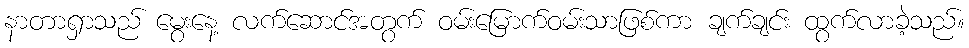
နာတာရှာသည် မွေးနေ့ လက်ဆောင်အတွက် ဝမ်းမြောက်ဝမ်းသာဖြစ်ကာ ချက်ချင်း ထွက်လာခဲ့သည်။